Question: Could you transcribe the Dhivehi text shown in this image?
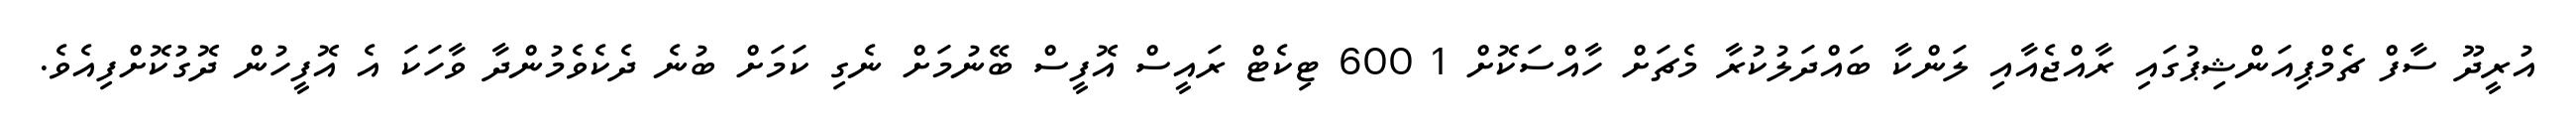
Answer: އުރީދޫ ސާފް ޗެމްޕިއަންޝިޕުގައި ރާއްޖެއާއި ލަންކާ ބައްދަލުކުރާ މެޗަށް ހާއްސަކޮށް 1 600 ޓިކެޓް ރައީސް އޮފީސް ބޭނުމަށް ނެގި ކަމަށް ބުނެ ދެކެވެމުންދާ ވާހަކަ އެ އޮފީހުން ދޮގުކޮށްފިއެވެ.